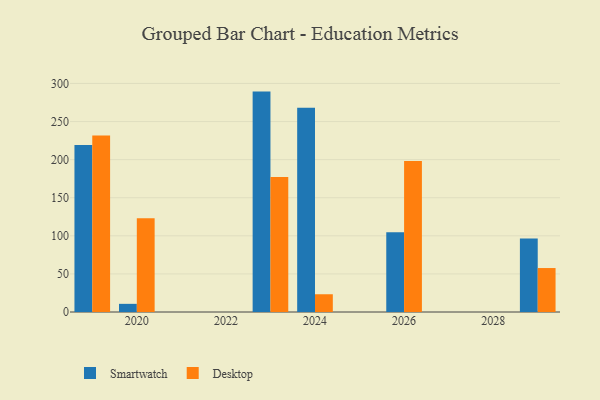
{"axis": {"x": "Year", "y": "Market Share (%)"}, "legend": ["Desktop", "Smartwatch"], "data": [{"x": "2020", "y": 10.7, "type": "Smartwatch"}, {"x": "2020", "y": 123.1, "type": "Desktop"}, {"x": "2019", "y": 219.3, "type": "Smartwatch"}, {"x": "2019", "y": 231.6, "type": "Desktop"}, {"x": "2023", "y": 289.3, "type": "Smartwatch"}, {"x": "2023", "y": 177.3, "type": "Desktop"}, {"x": "2026", "y": 104.6, "type": "Smartwatch"}, {"x": "2026", "y": 198.3, "type": "Desktop"}, {"x": "2024", "y": 268.2, "type": "Smartwatch"}, {"x": "2024", "y": 23.3, "type": "Desktop"}, {"x": "2029", "y": 96.5, "type": "Smartwatch"}, {"x": "2029", "y": 57.7, "type": "Desktop"}]}